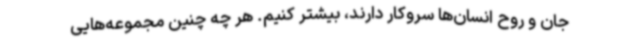
جان و روح انسان‌ها سروکار دارند، بیشتر کنیم. هر چه چنین مجموعه‌هایی